Report on vaccination in Madras 1904-1921 - 1904-1921
Year: 1904
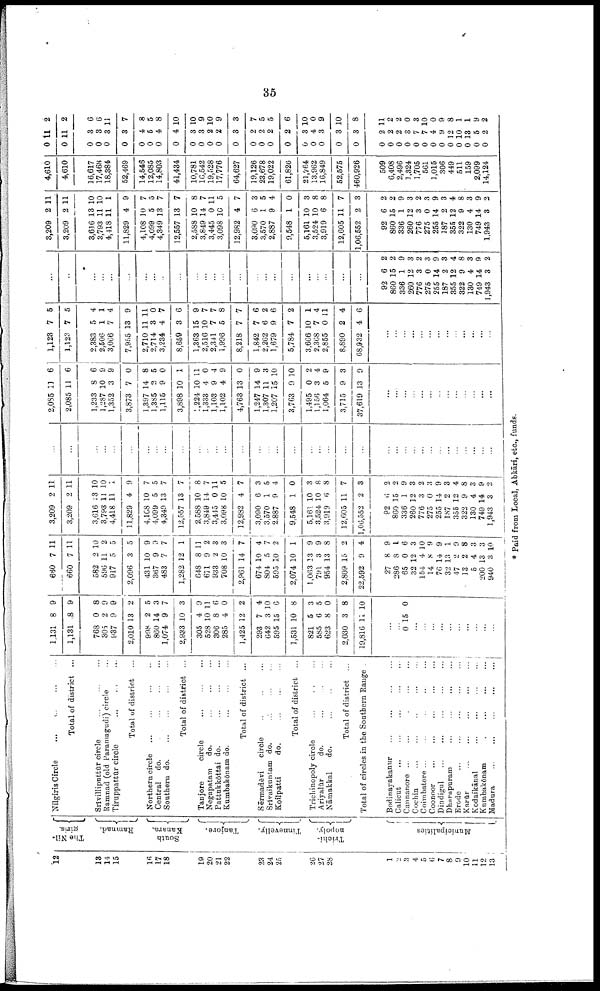
35
12
13
14
15
16
17
18
19
20
21
22
23
24
25
26
27
28
1
2
3
4
5
6
7
8
9
10
11
12
13
The Nil-
giris.
Ramnad.
South
Kanara.
Tanjore.
Tinnevelly.
Trichi-
nopoly.
Municipalities
Nilgiris Circle
...
...
...
...
Total of district ...
Srivilliputtūr circle
...
...
...
Ramnad (old Paramagudi) circle ...
Tiruppattur circle
...
...
Total of district ...
Northern circle
...
...
...
...
Central do.
...
...
...
...
Southern
do.
...
...
...
...
Total of district ...
Tanjore
circle
...
...
...
Negapatam
do.
...
...
...
Pattukkōttai do.
...
...
...
Kumbakōnam do.
...
...
...
Total of district ...
Sērmadēvi circle ... ... ...
Srivaikuntam do.
...
...
...
Koilpatti
do.
...
...
...
Total of district ...
Trichinopoly circle
...
...
...
Ariyalūr
do.
...
...
...
Nāmakkal
do. ... ... ...
Total of district ...
Total of circles in the Southern Range .
Bodinayakanur ... ... ... ...
Calicut
... ... ... ... ...
Cannanore
...
...
...
...
...
Cochin
...
...
...
...
...
Coimbatore ... ... ... ... ...
Coonoor
...
...
...
...
...
Dindigul
...
...
...
...
...
Dharapuram
...
...
...
...
...
Erode
...
...
...
...
...
Karūr
...
...
...
...
...
Kodaikānal
...
...
...
...
...
Kumbakōnam
...
...
...
...
...
Madura
...
...
...
...
...
1,131
1,131
768
305
937
2,010
938
860
1,074
2,933
305
528
306
285
1,425
293
642
595
1,531
821
585
623
2,030
19,816
8
8
0
2
9
13
2
14
9
10
4
9
9
8
9
9
2
5
3
7
3
9
10 11
8
4
12
7
3
15
10
5
6
8
3
11
6
0
2
4
10
6
8
3
5
0
8
10
...
...
0 15 0
...
...
...
...
...
...
...
...
...
...
660
660
582
596
917
2,096
431
367
483
1,282
648
671
933
708
2,961
674
804
595
2,074
1,063
791
954
2,809
22,592
27
286
65
32
154
14
76
32
47
13
5
200
940
7
7
2
11
5
3
10
9
7
12
8
9
2
10
14
10
5
10
10
13
3
13
15
9
8
8
0
12
4
8
14
13
2
2
4
13
3
11
11
10
2
5
5
9
9
7
1
11
2
3
3
7
4
7
2
1
9
9
8
2
4
9
1
6
3
10
9
9
1
9
8
3
3
10
3,209
3,209
3,616
3,793
4,418
11,829
4,168
4,099
4,349
12,557
2,588
3,849
3,445
3,098
12,982
3,090
3,570
2,887
9,548
5,161
3,524
3,919
12,605
1,00,552
92
860
336
260
776
275
255
187
355
322
130
749
1,943
2
2
13
11
11
4
10
5
13
13
10
14
0
10
4
6
1
9
1
10
10
6
11
2
6
15
1
12
3
0
14
2
12
9
4
14
3
11
11
10
10
1
9
7
5
7
7
8
7
11
5
7
3
5
4
0
3
8
8
7
3
2
2
9
3
2
3
9
3
4
8
3
9
2
...
...
...
...
...
...
...
...
...
...
...
...
...
...
...
...
...
...
...
...
...
...
...
...
...
...
...
...
...
...
...
...
...
...
...
...
...
2,085
2,085
1,233
1,287
1,352
3,873
1,397
1,385
1,115
3,898
1,224
1,333
1,103
1,102
4,763
1,247
1,307
1,207
3,763
1,495
1,156
1,064
3,715
37,619
11
11
8
10
3
7
14
2
9
10
10
4
9
4
13
14
11
15
9
0
3
5
9
13
6
6
6
9
9
0
8
5
0
1
11
0
4
9
0
9
3
10
10
2
4
9
3
9
...
...
...
...
...
...
...
...
...
...
...
...
...
1,123
1,123
2,383
2,506
3,066
7,955
2,710
2,714
3,234
8,659
1,363
2,516
2,341
1,996
8,218
1,842
2,262
1,679
5,784
3,666
2,368
2,855
8,890
68,932
7
7
5
1
7
13
5
5
4
1
4
9
11 11
3
4
3
15
10
7
5
7
7
6
9
7
10
7
0
2
4
0
7
6
9
7
7
8
7
6
2
6
2
1
4
11
4
6
...
...
...
...
...
...
...
...
...
...
...
...
...
...
...
...
...
...
...
...
...
...
...
...
...
...
...
...
...
...
...
...
...
...
...
...
...
92
860
336
260
776
275
255
187
355
322
130
749
1,943
6
15
1
12
3
0
14
2
12
9
4
14
3
2
2
9
3
2
3
9
3
4
8
3
9
2
3,209
3,209
3,616
3,793
4,418
11,829
4,108
4,099
4,349
12,557
2,588
3,849
3,445
3,098
12,982
3,090
3,570
2,887
9,548
5,161
3,524
3,919
12,605
1,06,552
92
860
336
260
776
275
255
187
355
322
130
749
1,943
2
2
13
11
11
4
10
5
13
13
10
14
0
10
4
6
1
9
1
10
10
6
11
2
6
15
1
12
3
0
14
2
12
9
4
14
3
11
11
10
10
1
9
7
5
7
7
8
7
11
5
7
3
5
4
0
3
8
8
7
3
2
2
9
3
2
3
9
3
4
8
3
9
3
4,610
4,610
16,617
17,468
18,384
52,469
14,546
12,085
14,803
41,434
10,781
16,542
19,528
17,776
64,627
19,126
23,678
19,022
61,826
21,764
13,962
16,849
52,575
460,926
509
6,408
2,496
1,324
1,705
561
1,015
306
449
511
159
2,099
14,124
0
0
0
0
0
0
0
0
0
0
0
0
0
0
0
0
0
0
0
0
0
0
0
0
0
0
0
0
0
0
0
0
0
0
0
0
0
11
11
3
3
3
3
4
5
4
4
3
3
2
2
3
2
2
2
2
3
4
3
3
3
2
2
2
3
7
7
4
9
12
10
13
5
2
2
2
6
6
11
7
8
5
8
10
10
9
10
9
3
7
5
5
6
10
0
9
10
8
11
2
2
0
3
10
0
9
8
1
1
9
2
* Paid from Local, Abkāri, etc., funds.